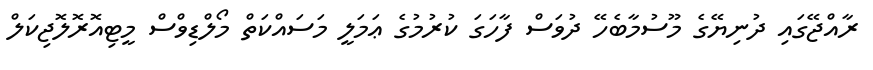
ރާއްޖޭގައި ދުނިޔޭގެ މޫސުމާބެހޭ ދުވަސް ފާހަގަ ކުރުމުގެ ޢަމަލީ މަސައްކަތް މޯލްޑިވްސް މީޓިއޮރޮލޮޖިކަލް